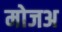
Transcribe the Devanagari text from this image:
मोजअ